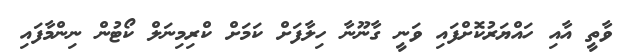
ވާތީ އާއި ހައްޔަރުކޮށްފައި ވަނީ ގާނޫނާ ހިލާފަށް ކަމަށް ކްރިމިނަލް ކޯޓުން ނިންމާފައި